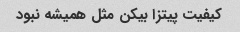
کیفیت پیتزا بیکن مثل همیشه نبود